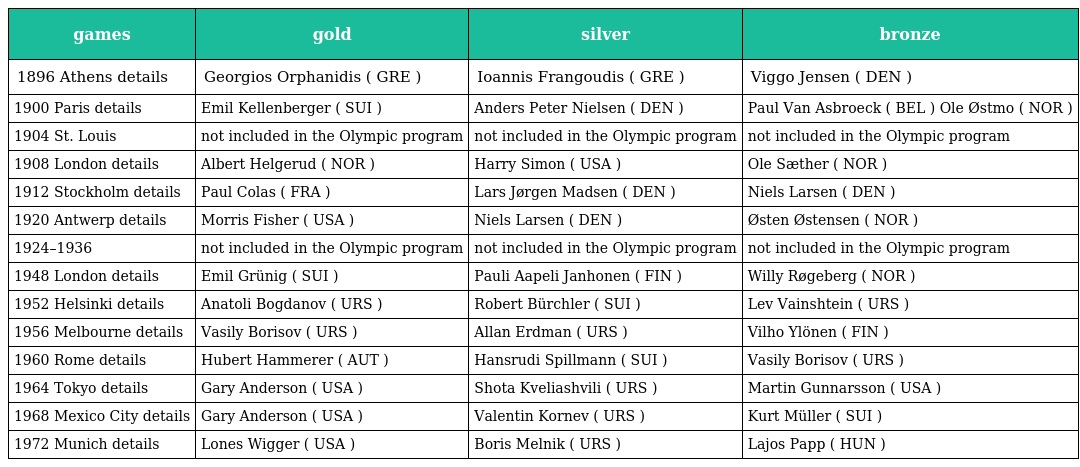
| games | gold | silver | bronze |
 | --- | --- | --- | --- |
 | 1896 Athens details | Georgios Orphanidis ( GRE ) | Ioannis Frangoudis ( GRE ) | Viggo Jensen ( DEN ) |
 | 1900 Paris details | Emil Kellenberger ( SUI ) | Anders Peter Nielsen ( DEN ) | Paul Van Asbroeck ( BEL ) Ole Østmo ( NOR ) |
 | 1904 St. Louis | not included in the Olympic program | not included in the Olympic program | not included in the Olympic program |
 | 1908 London details | Albert Helgerud ( NOR ) | Harry Simon ( USA ) | Ole Sæther ( NOR ) |
 | 1912 Stockholm details | Paul Colas ( FRA ) | Lars Jørgen Madsen ( DEN ) | Niels Larsen ( DEN ) |
 | 1920 Antwerp details | Morris Fisher ( USA ) | Niels Larsen ( DEN ) | Østen Østensen ( NOR ) |
 | 1924–1936 | not included in the Olympic program | not included in the Olympic program | not included in the Olympic program |
 | 1948 London details | Emil Grünig ( SUI ) | Pauli Aapeli Janhonen ( FIN ) | Willy Røgeberg ( NOR ) |
 | 1952 Helsinki details | Anatoli Bogdanov ( URS ) | Robert Bürchler ( SUI ) | Lev Vainshtein ( URS ) |
 | 1956 Melbourne details | Vasily Borisov ( URS ) | Allan Erdman ( URS ) | Vilho Ylönen ( FIN ) |
 | 1960 Rome details | Hubert Hammerer ( AUT ) | Hansrudi Spillmann ( SUI ) | Vasily Borisov ( URS ) |
 | 1964 Tokyo details | Gary Anderson ( USA ) | Shota Kveliashvili ( URS ) | Martin Gunnarsson ( USA ) |
 | 1968 Mexico City details | Gary Anderson ( USA ) | Valentin Kornev ( URS ) | Kurt Müller ( SUI ) |
 | 1972 Munich details | Lones Wigger ( USA ) | Boris Melnik ( URS ) | Lajos Papp ( HUN ) |